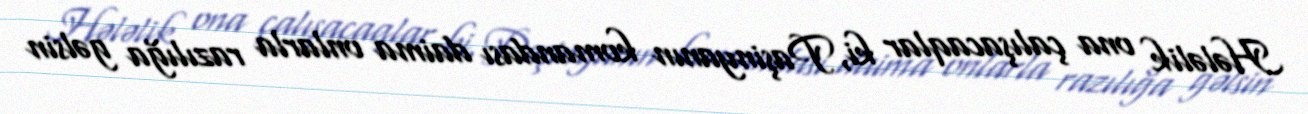
Hələlik ona çalışacaqlar ki, Paşinyanın komandası daima onlarla razılığa gəlsin